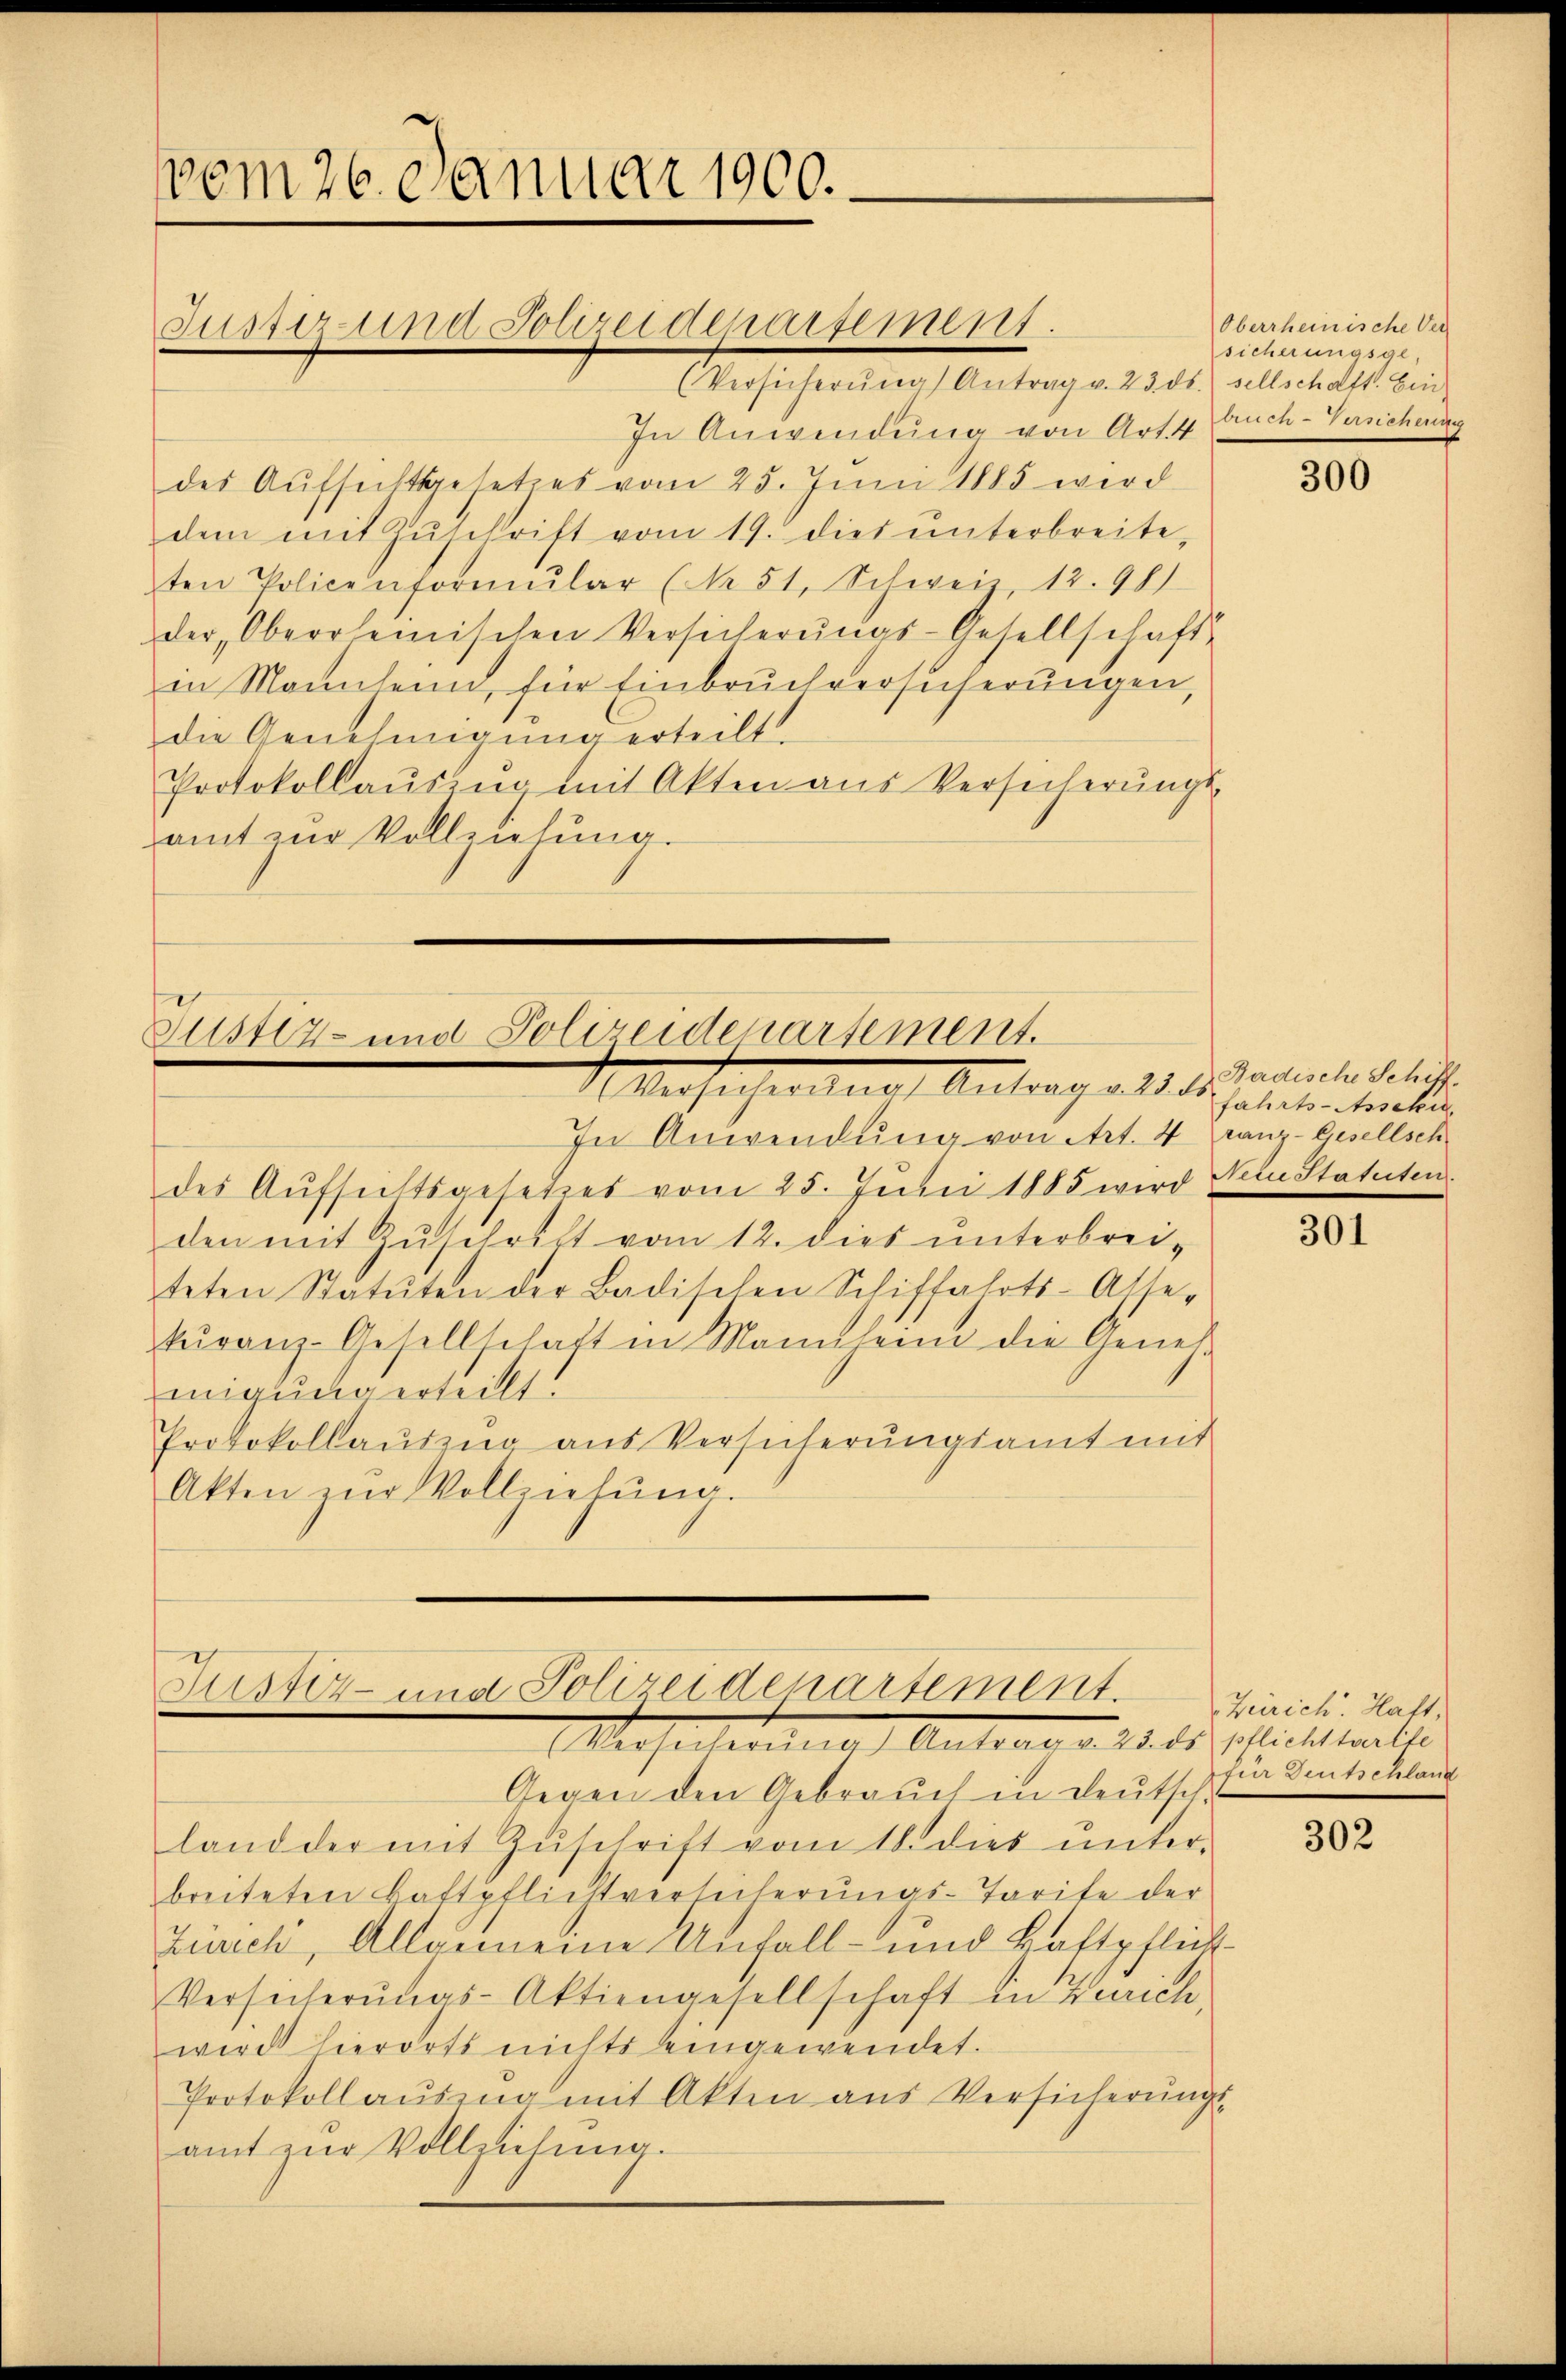
In Anwendung von Art. 4 Buch-Versicheng
des Aŭfsichtsgesetzes vom 25. Juni 1885 wird
dem mit Zŭschrift vom 19. dies ŭnterbreite,
ten Policenformŭlar (Nr. 51, Schweiz 12. 91)
der, Oberrheinischen Versicherŭngs-Gesellschaft
in Mannheim, für Einbruchversicherungen,
die Genehmigung erteilt.
Protokollaŭszŭg mit Akten aus Versicherŭngs-
amt zur Vollziehung.

vom 26. Januar 1900.

Jusizuna Polizeideparsement.
(Versicherŭng Antrag v. 23. ds. sellschaft. Ein-

Justiz- und Polizeidepartement.
Mersehenenes Antrag als des amenten Schrift

Justiz- und Polizeidenartement.
rosecterien Antrag d. 23. ds. erlicht welches |

In Anwendung von Art. 4
des Aufsichtsgesetzes vom 25. Juni 1885 wird Nein Statuten
den mit Zuschrift vom 12. dies unterbrei-
teten Statuten der Badischen Schiffahrts-Asse-
tŭranz-Gesellschaft in Mannheim die Geneh
migung erteilt.
Protokollaŭszŭg aus Versicherŭngsamt mit
Akten zŭr Vollziehung

Gegen den Gebrauch in Deutsch
land der mit Zŭschrift vom 18. dies ŭnter-
breiteten Battpflichtversicherungs-Tarife der
Zürich, Allgemeine Unfall- und Haftpflick
Versicherŭngs-Aktiengesellschaft in Zürich
wird hierorts nichts eingewendet.
Protokollaŭsing mit Akten aus Versicherŭngs-
amt zur Vollziehung.

Oberrheinische Ver
sicherungsge¬

300

fahrts-Asseku
ranz-Gesellsch

301

Zürich. Hatt,
für Deutschlang

302